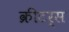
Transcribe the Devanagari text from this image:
क्रीटर्स